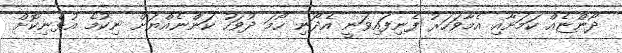
ދޯންޏެއް ކަމަށާއި އެމާވަހަރު ފެނިފައިވަނީ އެދޯނި ހޯމަ ދުވަހު ކަންނެއްޔަށް ނިކުމެ އުޅެނިކޮށް